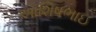
આશિષભાઇ